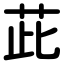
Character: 茈